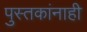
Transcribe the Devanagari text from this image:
पुस्तकांनाही